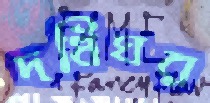
দধিঘর